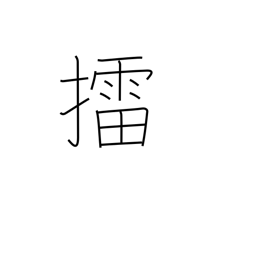
Meaning: mash